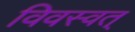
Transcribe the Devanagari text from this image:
विवस्वत्